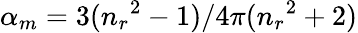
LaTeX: \alpha_{m}=3({n_{r}}^{2}-1)/4\pi({{n_{r}}^{2}+2})